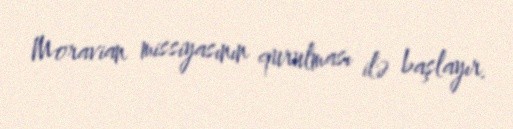
Moravian missiyasının qurulması ilə başlayır.